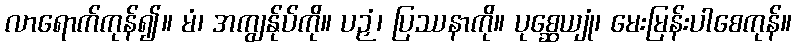
လာရောက်ကုန်၍။ မံ၊ အကျွန်ုပ်ကို။ ပဉှံ၊ ပြဿနာကို။ ပုစ္ဆေယျုံ၊ မေးမြန်းပါစေကုန်။